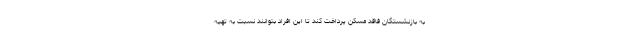
به بازنشستگان فاقد مسکن پرداخت کند تا این افراد بتوانند نسبت به تهیه